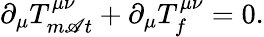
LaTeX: \partial_{\mu}T_{m\mathscr{A}t}^{\mu\nu}+\partial_{\mu}T_{f}^{\mu\nu}=0.